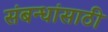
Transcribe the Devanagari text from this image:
संबन्धांसाठी